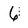
Character: 6